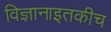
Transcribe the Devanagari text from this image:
विज्ञानाइतकीच